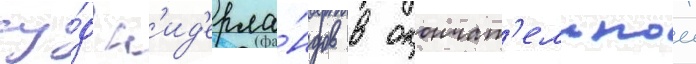
су́д н'ид'ерла́ндов в окончат'ельнои